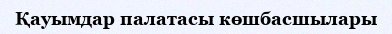
Қауымдар палатасы көшбасшылары